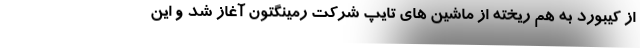
از کیبورد به هم ریخته از ماشین های تایپ شرکت رمینگتون آغاز شد و این